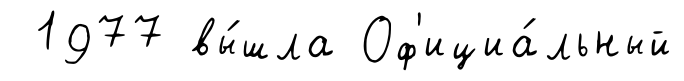
1977 вы́шла Оф'ициа́льный